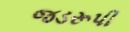
જડરૂપી